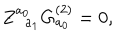
Z _ { \; \; a _ { 1 } } ^ { a _ { 0 } } G _ { a _ { 0 } } ^ { ( 2 ) } = 0 ,